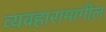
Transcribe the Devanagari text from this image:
व्यवहारामागील